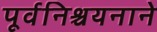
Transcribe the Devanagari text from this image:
पूर्वनिश्चयनाने